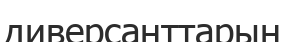
диверсанттарын